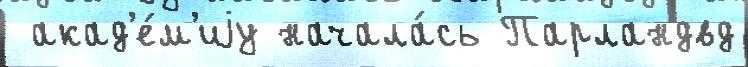
 акад'е́м'иjу начала́сь Парландвд